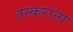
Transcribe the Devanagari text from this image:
तस्करांना